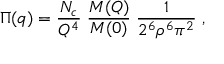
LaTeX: \Pi ( q ) = \frac { N _ { c } } { Q ^ { 4 } } \; \frac { M ( Q ) } { M ( 0 ) } \; \frac { 1 } { 2 ^ { 6 } \rho ^ { 6 } \pi ^ { 2 } } \; ,